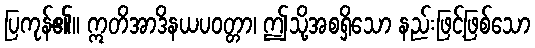
ပြကုန်၏။ ဣတိအာဒိနယပဝတ္တာ၊ ဤသို့အစရှိသော နည်းဖြင့်ဖြစ်သော